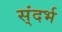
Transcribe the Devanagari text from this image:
स्ंदर्भ